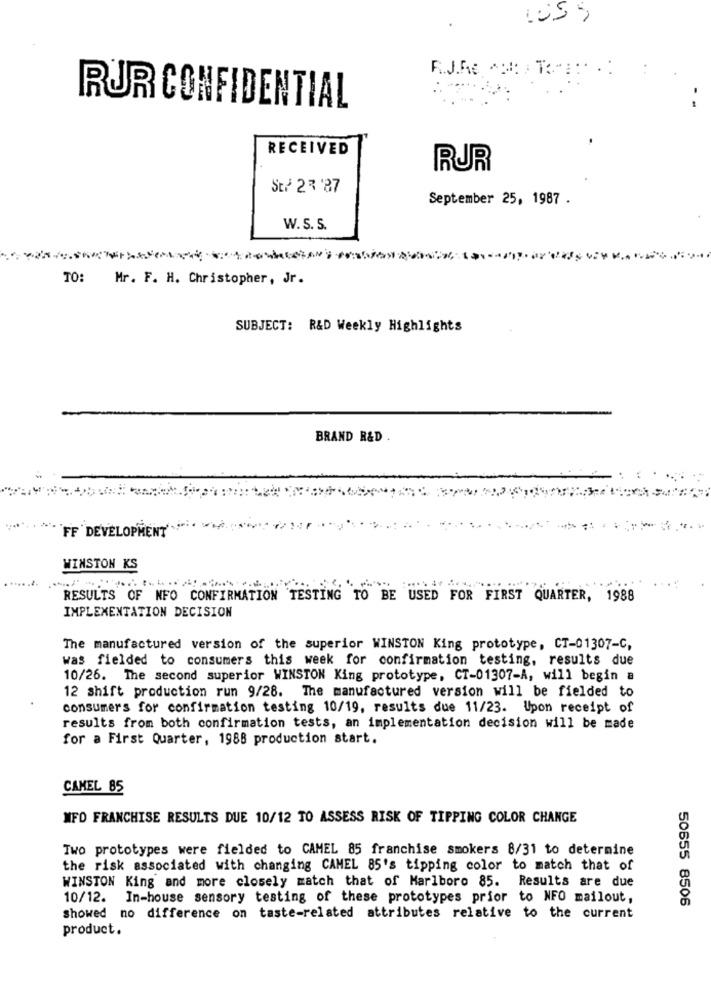
R.J.RE ADA: : TO-
RUR CONFIDENTIAL
RECEIVED
RUR
St/ 23 '87
September 25, 1987 .
W. S. S.
TO:
Mr. F. H. Christopher, Jr.
SUBJECT: R&D Weekly Highlights
BRAND R&D .
FF DEVELOPMENT
WINSTON KS
....
RESULTS OF NFO CONFIRMATION TESTING TO BE USED FOR FIRST QUARTER, 1988
IMPLEMENTATION DECISION
The manufactured version of the superior WINSTON King prototype, CT-01307-C,
was fielded to consumers this week for confirmation testing, results due
10/26. The second superior WINSTON King prototype, CT-01307-A, will begin a
12 shift production run 9/28. The manufactured version will be fielded to
consumers for confirmation testing 10/19, results due 11/23. Upon receipt of
results from both confirmation tests, an implementation decision will be made
for a First Quarter, 1988 production start.
CAMEL 85
MFD FRANCHISE RESULTS DUE 10/12 TO ASSESS RISK OF TIPPING COLOR CHANGE
Two prototypes were fielded to CAMEL 85 franchise smokers 8/31 to determine
the risk associated with changing CAMEL 85's tipping color to match that of
WINSTON King and more closely match that of Marlboro 85. Results are due
10/12.
In-house sensory testing of these prototypes prior to NFO mailout,
50655 8506
showed no difference on taste-related attributes relative to the current
product.